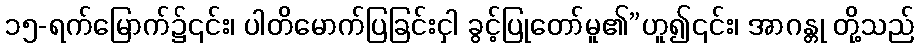
၁၅-ရက်မြောက်၌၎င်း၊ ပါတိမောက်ပြခြင်းငှါ ခွင့်ပြုတော်မူ၏”ဟူ၍၎င်း၊ အာဂန္တု တို့သည်